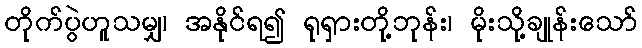
တိုက်ပွဲဟူသမျှ၊ အနိုင်ရ၍ ရုရှားတို့ဘုန်း၊ မိုးသို့ချုန်းသော်